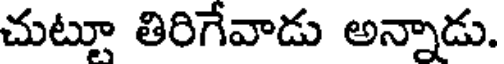
చుట్టూ తిరిగేవాడు అన్నాడు.